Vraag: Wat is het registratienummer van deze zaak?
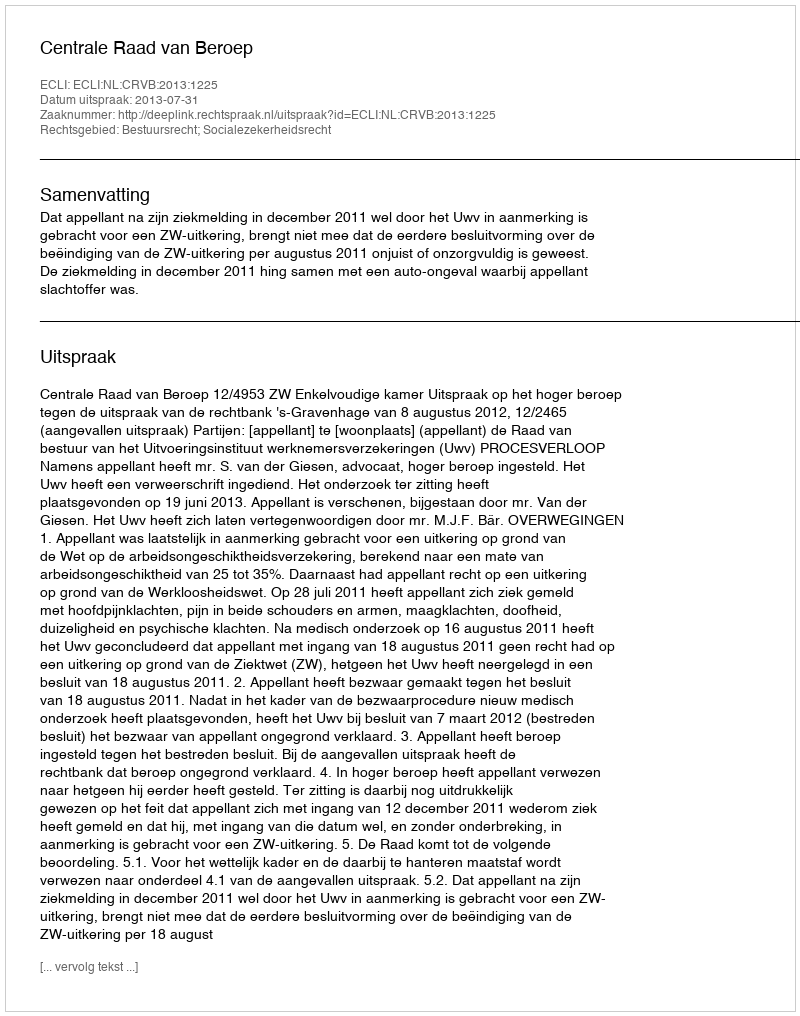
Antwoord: http://deeplink.rechtspraak.nl/uitspraak?id=ECLI:NL:CRVB:2013:1225